Medical and sanitary report of the native army of Bengal for the year
Year: 1878
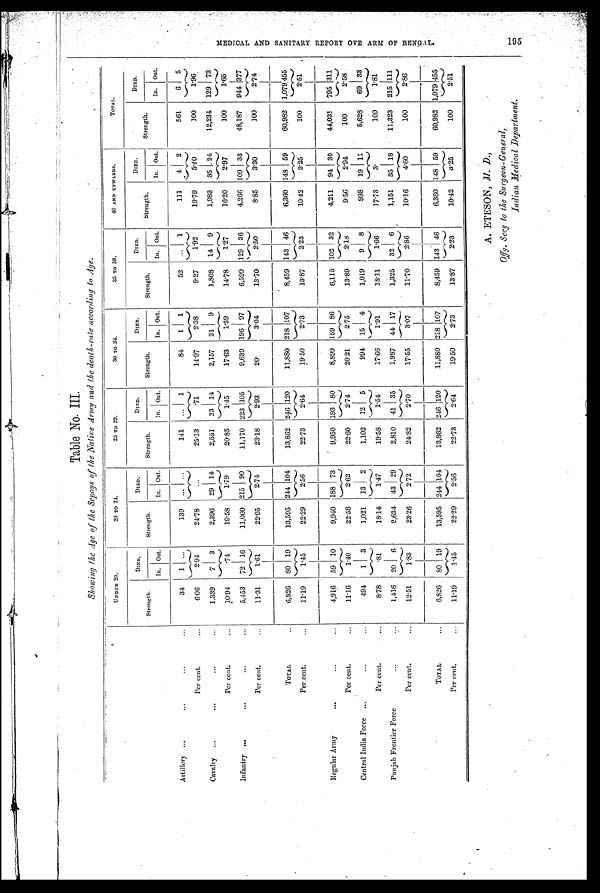
Table No. III
Showing the Age of the Sepoys of the Native Army and the death-rate according to Age.
UNDER 20.
20 TO 24.
25 TO 20.
30 TO 34.
35 TO 39.
40 AND UPWARDS.
TOTAL.
Strength.
DIED.
Strength.
DIED.
Strength.
DIED.
Strength.
DIED.
Strength.
DIED.
Strength.
DIED.
Strength.
DIED.
In. Out.
In. Out.
In. Out.
In. Out.
In. Out.
In. Out.
In. Out.
Artillery . . .
. . .
. .
.
. . .
34
1 ...
139
... ...
141
...
1
84
1
1
52
...
1
111
4
2
561
6
5
Per cent.
. . .
6.06
2.94
24.78
...
25.13
.71
14.97
2.38
9.27
1.92
19.79
5.40
100
1.96
Cavalry ...
. . .
. . .
...
1,339
7
3
2,396
29 114
2,551
23 14
2,157
21
9
1,808
14
9
1,983
35
2 4
12,234
129 73
Per cent.
. . .
10.94
.74
19.58
1 . 7 9
20.85
1.45
17.63
1.39
14.78
1.27
16.20
2.97
100
1 . 6 5
Infantry . . .
...
. . .
...
5,453
72 16
11,060 215 90
11,170 223 105
9,639 196 97
6,599 129 36
4,266 109 33
48,187
944 377
Per cent
...
11.31
1.61
22.95
2.74
23.18
2.93
2 0 .
3.04
13.70
2.50
8.85
3.30
100
2.74
TOTAL
. . .
6,826
80 19
13,595 244 104
13,862 246 120
11,880 218 107
8,459 143 46
6,360 148 59
60,982 1,079 455
Per cent.
...
11.19
1.45
22.29
2.56
22.73
2.64
19.50
2.73
13.87
2.23
10.42
3.25
100
2.51
Regular Army
...
...
. . .
4,916
59 10
9,940 188 73
9,950 193
8 0
8,899 159 86
6,115 102 32
4,211
94 30
44,033
795 311
Per cent.
. . .
11.16
1.40
22.58
2.62
22.60
2.74
20 21
2.75
13.89
2.18
9.56
2.94
100
2.58
Central India Force
. . .
. . .
...
494
1
3
1,021
13
2
1,102
12
5
994
15
4
1,019
9
8
998
19 11
5,628
69 33
Per cent.
. . .
8.78
.81
18.14
1 . 4 7
19.58
1.54
17.66
1.91
18.11
1.66
17.73
3
100
1.81
Punjab Frontier Force
...
...
1,416
20
6
2,634
43 29
2,810 41 35
1,987
44 17
1,325
32
6
1,151
35 118
11,323
215 111
Per cent.
...
12.51
1.83
23.26
2.72
24.82
2.70
17.55
3.07
11.70
2.86
10.16
4.60
100
2.86
TOTAL
. . .
6,826
80 19
13,595 244 104
13,862 246 120
11,880 218 107
8,459 143 46
6,360 148 59
60,982 1,079 455
Per cent.
. . .
11.19
1.45
22.29
2.56
22.73
2.64
19.50
2.73
13.87
2.23
10.42
3 . 2 5
100
2.51
A. ETESON, M. D.,
Indian Medical Department.
M E D I C A L A N D S A N I T A R Y R E P O R T O V E A R M O F B E N G S L .
195